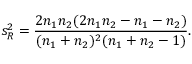
s _ { R } ^ { 2 } = \frac { 2 n _ { 1 } n _ { 2 } ( 2 n _ { 1 } n _ { 2 } - n _ { 1 } - n _ { 2 } ) } { ( n _ { 1 } + n _ { 2 } ) ^ { 2 } ( n _ { 1 } + n _ { 2 } - 1 ) } .